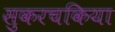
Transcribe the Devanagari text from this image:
सुकरचकिया